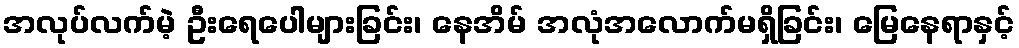
အလုပ်လက်မဲ့ ဦးရေပေါများခြင်း၊ နေအိမ် အလုံအလောက်မရှိခြင်း၊ မြေနေရာနှင့်